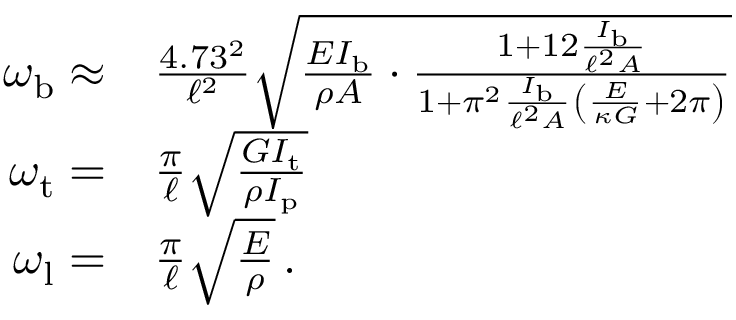
\begin{array} { r l } { \omega _ { \mathrm { b } } \approx } & { \frac { 4 . 7 3 ^ { 2 } } { \ell ^ { 2 } } \sqrt { \frac { E I _ { \mathrm { b } } } { \rho A } \cdot \frac { 1 + 1 2 \frac { I _ { \mathrm { b } } } { \ell ^ { 2 } A } } { 1 + \pi ^ { 2 } \frac { I _ { \mathrm { b } } } { \ell ^ { 2 } A } \left( \frac { E } { \kappa G } + 2 \pi \right) } } } \\ { \omega _ { \mathrm { t } } = } & { \frac { \pi } { \ell } \sqrt { \frac { G I _ { \mathrm { t } } } { \rho I _ { \mathrm { p } } } } } \\ { \omega _ { \mathrm { l } } = } & { \frac { \pi } { \ell } \sqrt { \frac { E } { \rho } } \, . } \end{array}